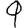
Digit: 9